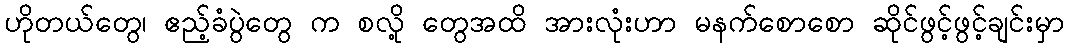
ဟိုတယ်တွေ၊ ဧည့်ခံပွဲတွေ က စလို့ တွေအထိ အားလုံးဟာ မနက်စောစော ဆိုင်ဖွင့်ဖွင့်ချင်းမှာ